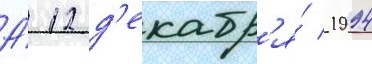
А́ 12 д'екабр'я́ 1994